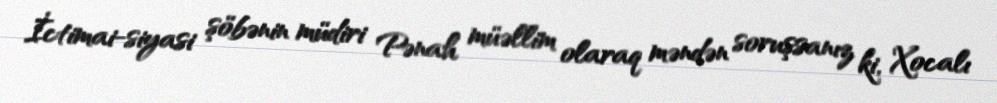
İctimai-siyasi şöbənin müdiri Pənah müəllim olaraq məndən soruşsanız ki, Xocalı